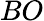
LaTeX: BO